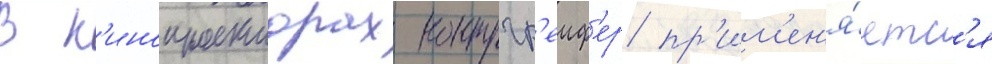
В к'инопроекторах контргр'еиф'ер пр'им'ен'я́етс'я